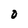
Character: 0